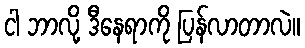
ငါ ဘာလို့ ဒီနေရာကို ပြန်လာတာလဲ။